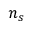
\ensuremath { n _ { s } }